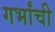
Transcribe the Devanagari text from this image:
गर्भांची